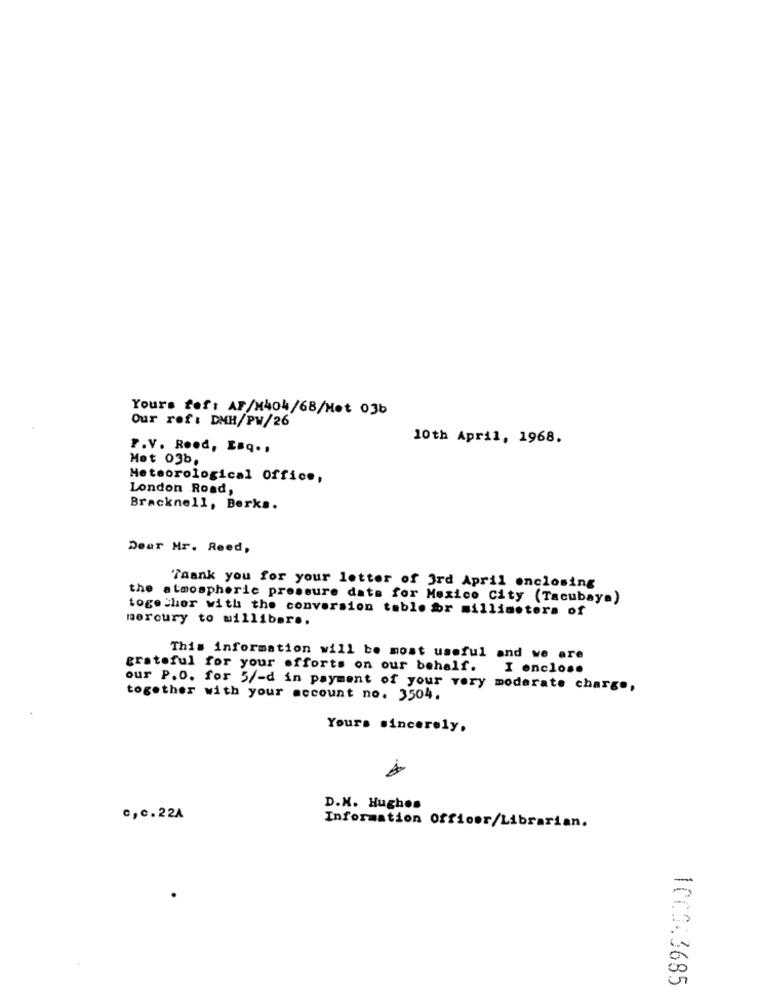
Yours fof: AF/M404/68/Met 03b
Our ref: DMH/PW/26
10th April, 1968.
P.V. Rood, Esq ..
Mot 03b.
Meteorological office,
London Road,
Bracknell, Berks.
Dear Mr. Reed,
Thank you for your letter of 3rd April enclosing
the atmospheric pressure date for Mexico City (Tacubaya)
together with the conversion table br millimeters of
mercury to willibar ..
This information will be most useful and we are
grateful for your efforts on our behalf. I enclose
our P.O. for 5/-d in payment of your very moderate charge,
together with your account no. 3504.
Yours sincerely.
D.K. Hughes
c,c.22A
Information Officer/Librarian.
1000.3685